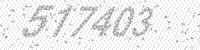
Solution: 577403